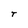
Character: t